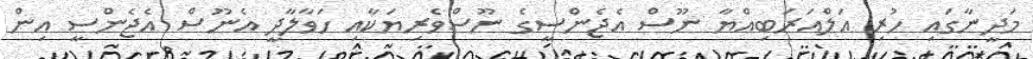
މަދީނާގައި ހުރި އަލްއަރަބިއްޔާ ނޫސް އެޖެންސީގެ ނޫސްވެރިޔަކާއި ހަވާލާދީ އެނޫސް އެޖެންސީ އިން